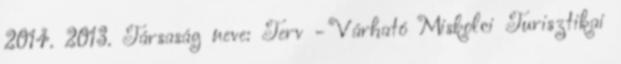
2014. 2013. Társaság neve: Terv - Várható Miskolci Turisztikai